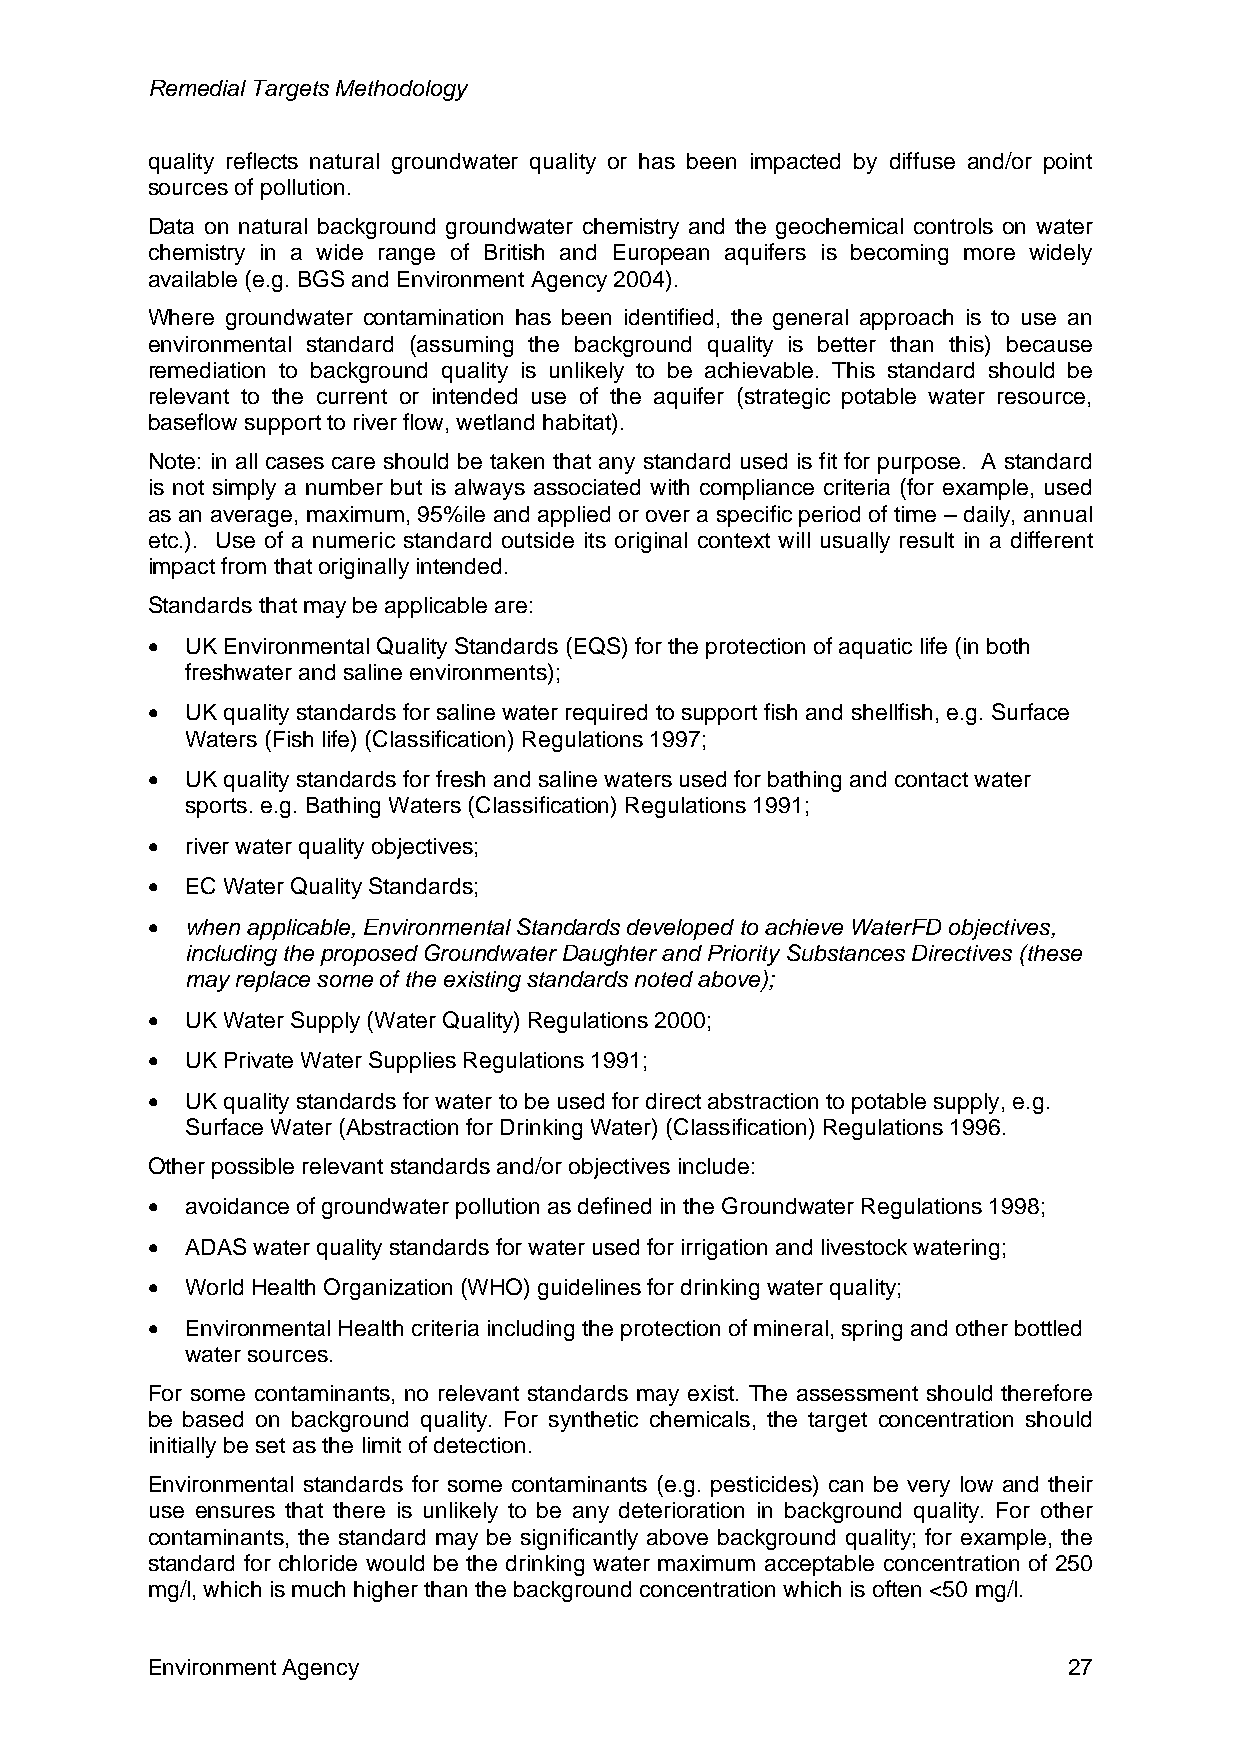
Remedial Targets Methodology
 quality reflects natural groundwater quality or has been impacted by diffuse and/or point
 sources of pollution.
 Data on natural background groundwater chemistry and the geochemical controls on water
 chemistry in a wide range of British and European aquifers is becoming more widely
 available (e.g. BGS and Environment Agency 2004).
 Where groundwater contamination has been identified, the general approach is to use an
 environmental standard (assuming the background quality is better than this) because
 remediation to background quality is unlikely to be achievable. This standard should be
 relevant to the current or intended use of the aquifer (strategic potable water resource,
 baseflow support to river flow, wetland habitat).
 Note: in all cases care should be taken that any standard used is fit for purpose. A standard
 is not simply a number but is always associated with compliance criteria (for example, used
 as an average, maximum, 95%ile and applied or over a specific period of time – daily, annual
 etc.). Use of a numeric standard outside its original context will usually result in a different
 impact from that originally intended.
 Standards that may be applicable are:
 • UK Environmental Quality Standards (EQS) for the protection of aquatic life (in both
 freshwater and saline environments);
 • UK quality standards for saline water required to support fish and shellfish, e.g. Surface
 Waters (Fish life) (Classification) Regulations 1997;
 • UK quality standards for fresh and saline waters used for bathing and contact water
 sports. e.g. Bathing Waters (Classification) Regulations 1991;
 • river water quality objectives;
 • EC Water Quality Standards;
 • when applicable, Environmental Standards developed to achieve WaterFD objectives,
 including the proposed Groundwater Daughter and Priority Substances Directives (these
 may replace some of the existing standards noted above);
 • UK Water Supply (Water Quality) Regulations 2000;
 • UK Private Water Supplies Regulations 1991;
 • UK quality standards for water to be used for direct abstraction to potable supply, e.g.
 Surface Water (Abstraction for Drinking Water) (Classification) Regulations 1996.
 Other possible relevant standards and/or objectives include:
 • avoidance of groundwater pollution as defined in the Groundwater Regulations 1998;
 • ADAS water quality standards for water used for irrigation and livestock watering;
 • World Health Organization (WHO) guidelines for drinking water quality;
 • Environmental Health criteria including the protection of mineral, spring and other bottled
 water sources.
 For some contaminants, no relevant standards may exist. The assessment should therefore
 be based on background quality. For synthetic chemicals, the target concentration should
 initially be set as the limit of detection.
 Environmental standards for some contaminants (e.g. pesticides) can be very low and their
 use ensures that there is unlikely to be any deterioration in background quality. For other
 contaminants, the standard may be significantly above background quality; for example, the
 standard for chloride would be the drinking water maximum acceptable concentration of 250
 mg/l, which is much higher than the background concentration which is often <50 mg/l.
 Environment Agency                                           27